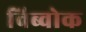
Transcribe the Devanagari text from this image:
विब्वोक